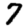
Digit: 7